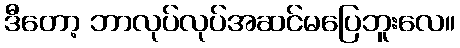
ဒီတော့ ဘာလုပ်လုပ်အဆင်မပြေဘူးလေ။